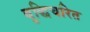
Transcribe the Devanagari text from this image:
बुद्धिचरित